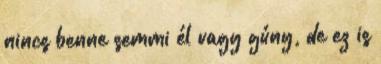
nincs benne semmi él vagy gúny, de ez is